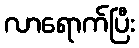
လာရောက်ပြီး